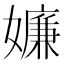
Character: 嬚